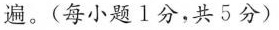
遍。(每小题1分，共5分)